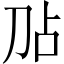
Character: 𫥸